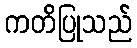
ကတိပြုသည်